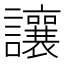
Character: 讓